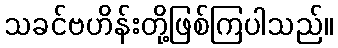
သခင်ဗဟိန်းတို့ဖြစ်ကြပါသည်။